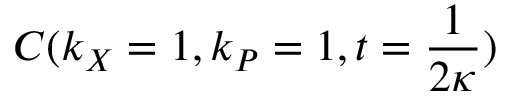
C ( k _ { X } = 1 , k _ { P } = 1 , t = \frac { 1 } { 2 \kappa } )